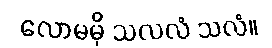
လောမမှိ သလလံ သလံ။